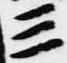
三